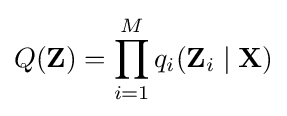
Q(\mathbf {Z} )=\prod _{i=1}^{M}q_{i}(\mathbf {Z} _{i}\mid \mathbf {X} )